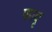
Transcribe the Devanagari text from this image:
फादृ